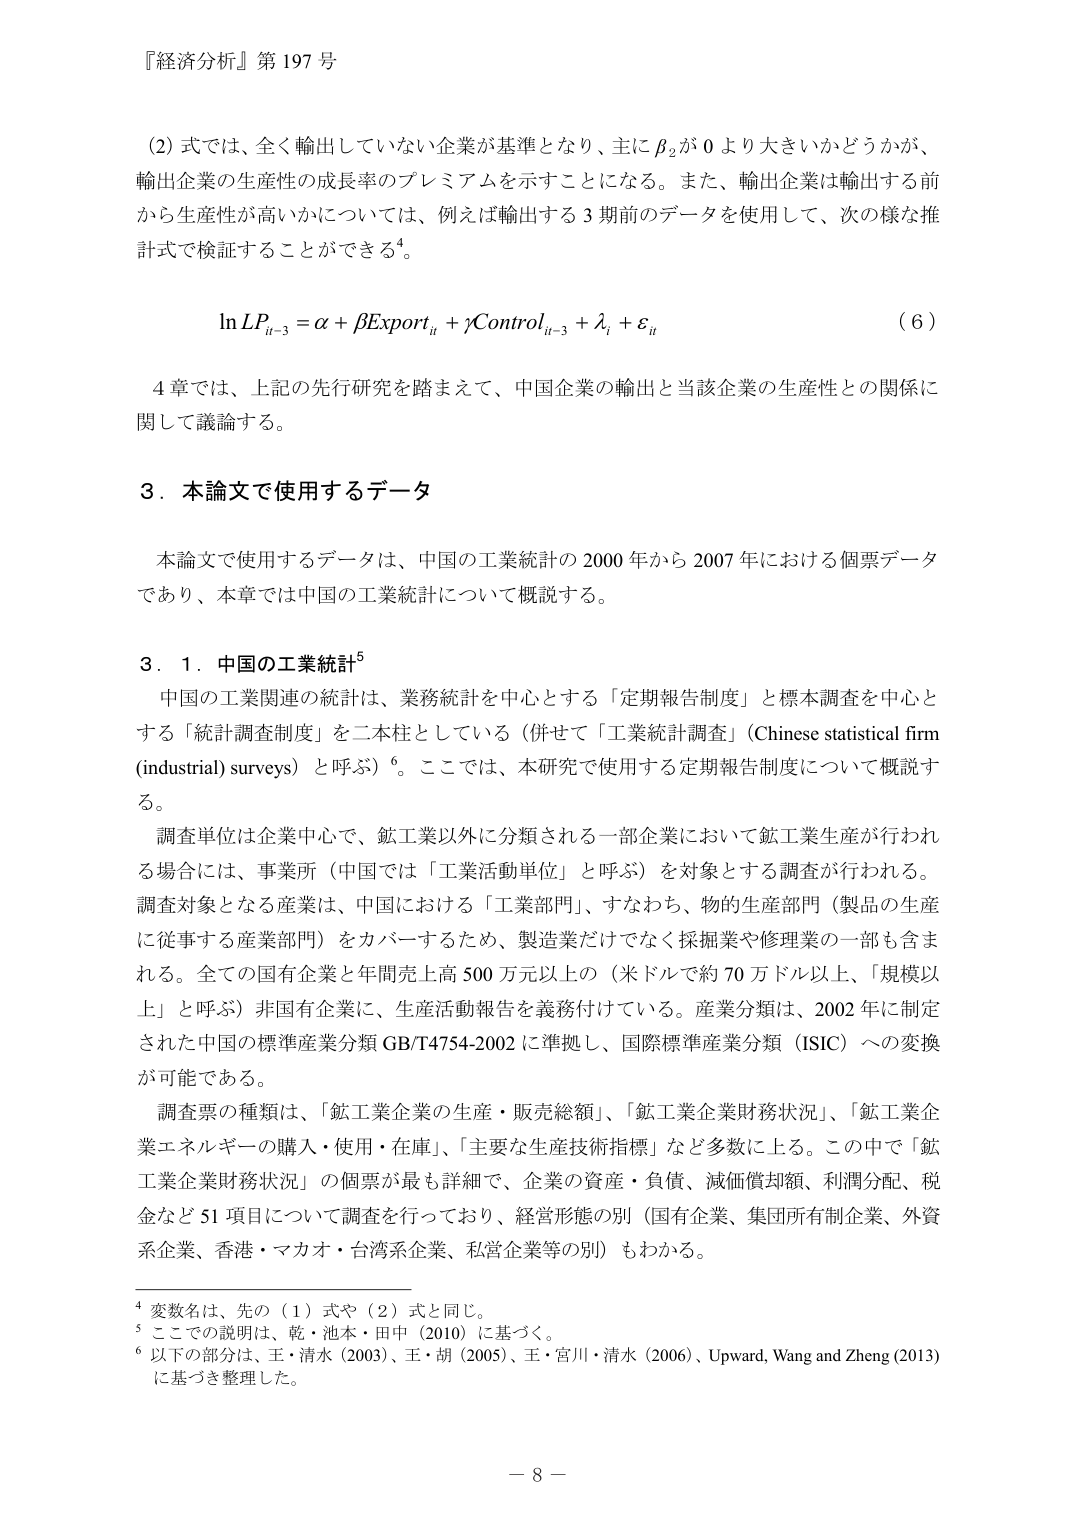
『経済分析』第 197 号

(2) 式では、全く輸出していない企業が基準となり、主に β₂ が 0 より大きいかどうかが、輸出企業の生産性の成長率のプレミアムを示すことになる。また、輸出企業は輸出する前から生産性が高いかについては、例えば輸出する 3 期前のデータを使用して、次の様な推計式で検証することができる⁴。

ln LPᵢₜ₋₃ = α + βExportᵢₜ + γControlᵢₜ₋₃ + λᵢ + εᵢₜ  (6)

4 章では、上記の先行研究を踏まえて、中国企業の輸出と当該企業の生産性との関係に関して議論する。

3．本論文で使用するデータ

本論文で使用するデータは、中国の工業統計の 2000 年から 2007 年における個票データであり、本章では中国の工業統計について概説する。

3．1．中国の工業統計⁵

中国の工業関連の統計は、業務統計を中心とする「定期報告制度」と標本調査を中心とする「統計調査制度」を二本柱としている（併せて「工業統計調査」（Chinese statistical firm (industrial) surveys）と呼ぶ）⁶。ここでは、本研究で使用する定期報告制度について概説する。

調査単位は企業中心で、鉱工業以外に分類される一部企業において鉱工業生産が行われる場合には、事業所（中国では「工業活動単位」と呼ぶ）を対象とする調査が行われる。調査対象となる産業は、中国における「工業部門」、すなわち、物的生産部門（製品の生産に従事する産業部門）をカバーするため、製造業だけでなく採掘業や修理業の一部も含まれる。全ての国有企業と年間売上高 500 万元以上の（米ドルで約 70 万ドル以上、「規模以上」と呼ぶ）非国有企業に、生産活動報告を義務付けている。産業分類は、2002 年に制定された中国の標準産業分類 GB/T4754-2002 に準拠し、国際標準産業分類（ISIC）への変換が可能である。

調査票の種類は、「鉱工業企業の生産・販売総額」、「鉱工業企業財務状況」、「鉱工業企業エネルギーの購入・使用・在庫」、「主要な生産技術指標」など多数に上る。この中で「鉱工業企業財務状況」の個票が最も詳細で、企業の資産・負債、減価償却額、利潤分配、税金など 51 項目について調査を行っており、経営形態の別（国有企業、集団所有制企業、外資系企業、香港・マカオ・台湾系企業、私営企業等の別）もわかる。

⁴ 変数名は、先の（1）式や（2）式と同じ。
⁵ ここでの説明は、乾・池本・田中（2010）に基づく。
⁶ 以下の部分は、王・清水（2003）、王・胡（2005）、王・宮川・清水（2006）、Upward, Wang and Zheng (2013) に基づき整理した。

－ 8 －